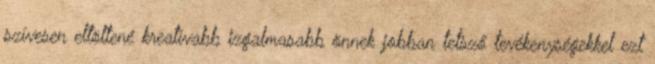
szívesen eltöltené kreatívabb izgalmasabb önnek jobban tetsző tevékenységekkel ezt